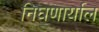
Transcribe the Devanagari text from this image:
निघणार्याल